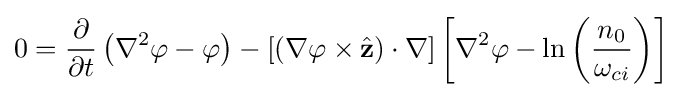
\displaystyle 0={\frac {\partial }{\partial t}}\left(\nabla ^{2}\varphi -\varphi \right)-\left[\left(\nabla \varphi \times {\hat {\mathbf {z} }}\right)\cdot \nabla \right]\left[\nabla ^{2}\varphi -\ln \left({\frac {n_{0}}{\omega _{ci}}}\right)\right]